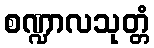
စဏ္ဍာလသုတ္တံ